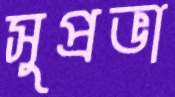
সুপ্রভা